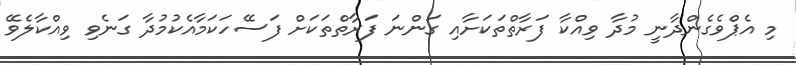
މި އެޕްވެގެންދާނީ މުދާ ވިއްކާ ފަރާތްތަކަށާއި ގަންނަ ފަރާތްތަކަށް ފަސޭހަކަމާއެކުމުދާ ގަނެވި ވިއްކާލެވޭ